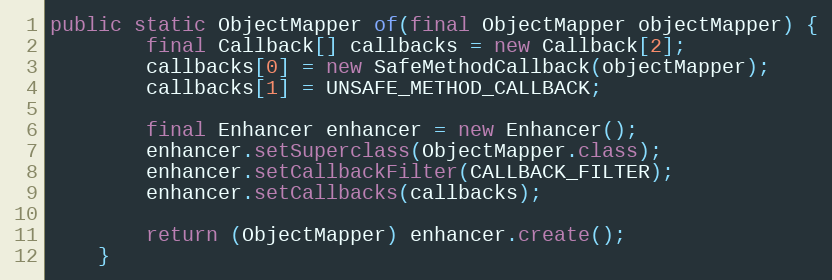
Language: Java
public static ObjectMapper of(final ObjectMapper objectMapper) {
        final Callback[] callbacks = new Callback[2];
        callbacks[0] = new SafeMethodCallback(objectMapper);
        callbacks[1] = UNSAFE_METHOD_CALLBACK;

        final Enhancer enhancer = new Enhancer();
        enhancer.setSuperclass(ObjectMapper.class);
        enhancer.setCallbackFilter(CALLBACK_FILTER);
        enhancer.setCallbacks(callbacks);

        return (ObjectMapper) enhancer.create();
    }